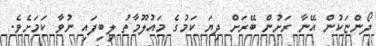
ދޯންޏަކުން އޭނާ ރަށުން ބޭރަށް ދިޔަ ކަމުގެ މައުލޫމާތު ލިބިފައި ނުވާ ކަމަށެވެ.